Rangoon Lunatic Asylum 1898-1906 - 1898-1906
Year: 1898
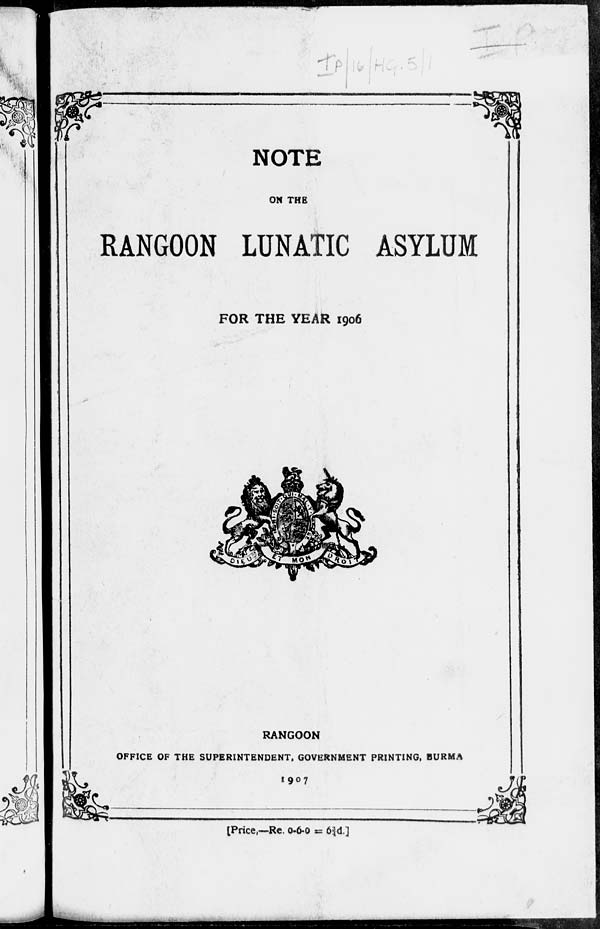
NOTE
ON THE
RANGOON LUNATIC ASYLUM
FOR THE YEAR 1906
RANGOON
OFFICE OF THE SUPERINTENDENT, GOVERNMENT PRINTING, BURMA
1907
[Price,—Re. 0-6-0 = 6¾ d.]